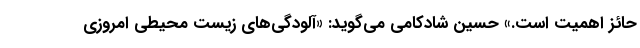
حائز اهمیت است.» حسین شادکامی می‌گوید: «آلودگی‌های زیست محیطی امروزی